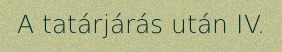
A tatárjárás után IV.